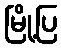
မြို့ပြ